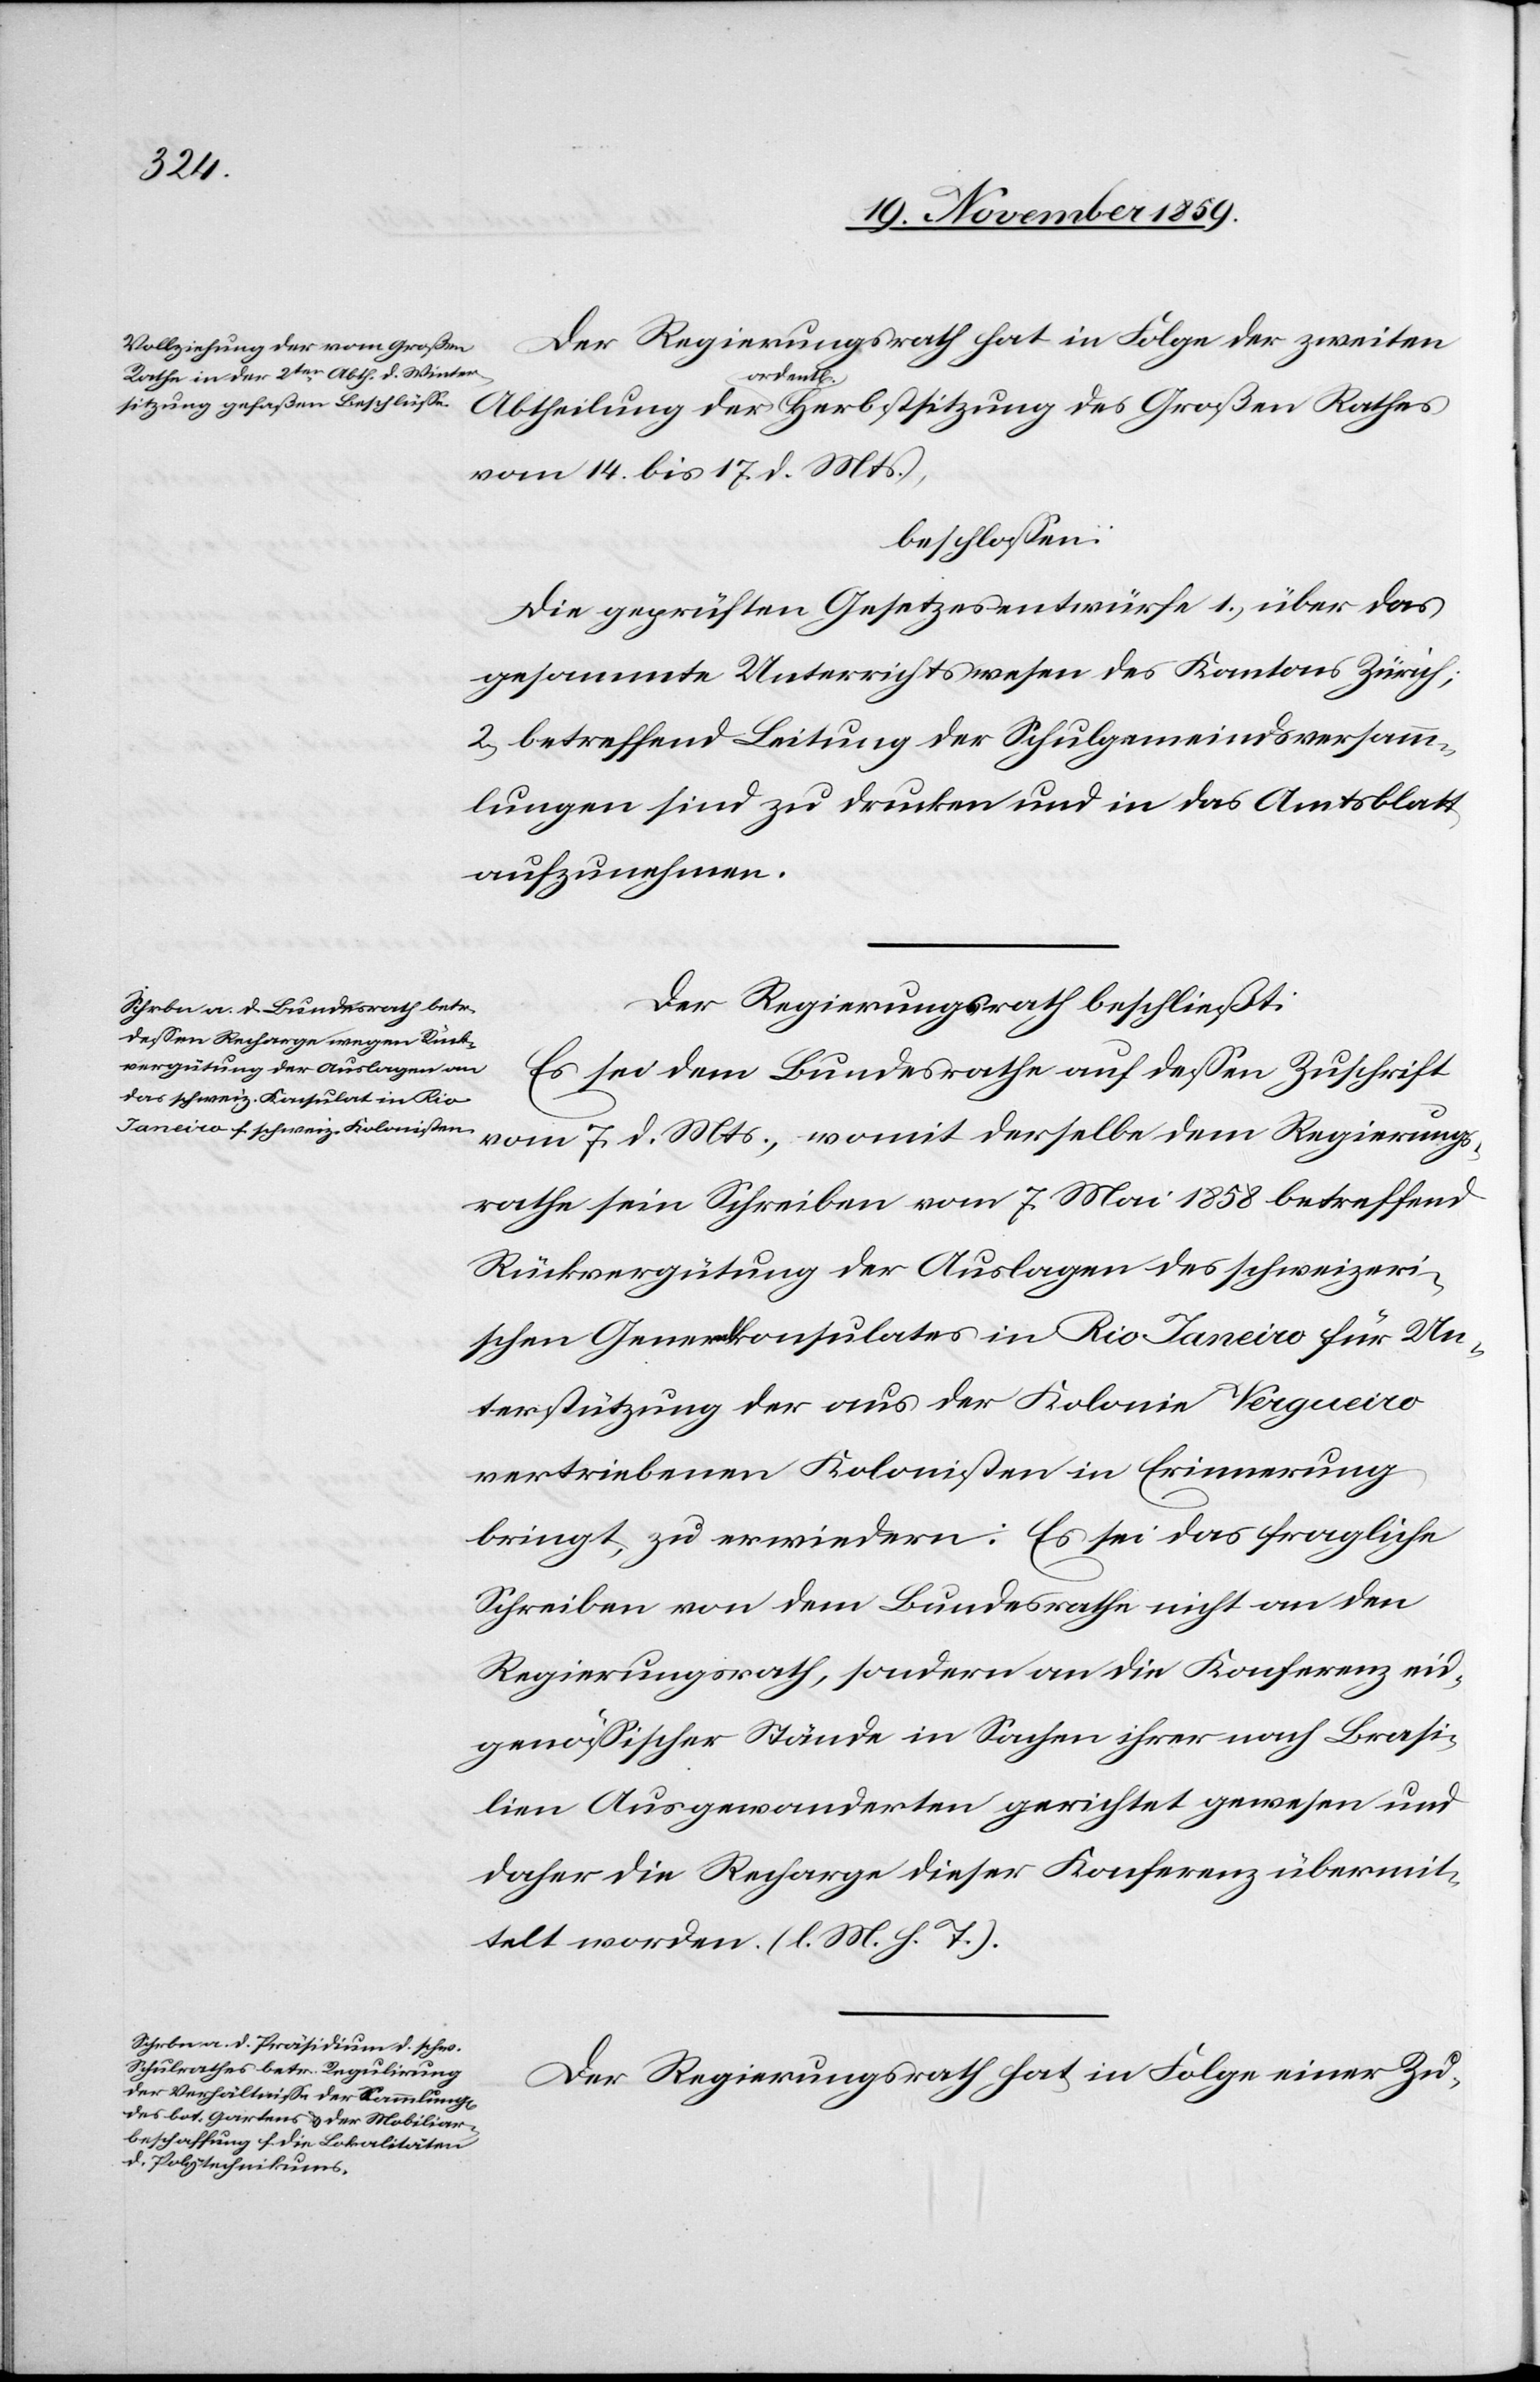
Der Regierungsrath hat in Folge der zweiten
der
ordentl.
vom 14. bis 17. d. Mts.,
beschlossen:
Die geprüften Gesetzesentwürfe 1.) über das
gesammte Unterrichtswesen des Kantons Zürich;
2.) betreffend Leitung der Schulgemeindsversamm¬
lungen sind zu drucken und in das Amtsblatt
aufzunehmen.
Der Regierungsrath beschließt:
Es sei dem Bundesrathe auf dessen Zuschrift
vom 7. d. Mts., womit derselbe dem Regierungs¬
rathe sein Schreiben vom 7. Mai 1858 betreffend
Rückvergütung der Auslagen des schweizeri¬
schen Generalkonsulats in Rio Janeiro für Un¬
terstützung der aus der Kolonie Vergueiro
vertriebenen Kolonisten in Erinnerung
bringt, zu erwiedern: Es sei das fragliche
Schreiben von dem Bundesrathe nicht an den
Regierungsrath, sondern an die Konferenz eid¬
genössischer Stände in Sachen ihrer nach Brasi¬
lien Ausgewanderten gerichtet gewesen und
daher die Recharge dieser Konferenz übermit¬
telt worden. (l. M. h. T.).
Der Regierungsrath hat in Folge einer Zu-